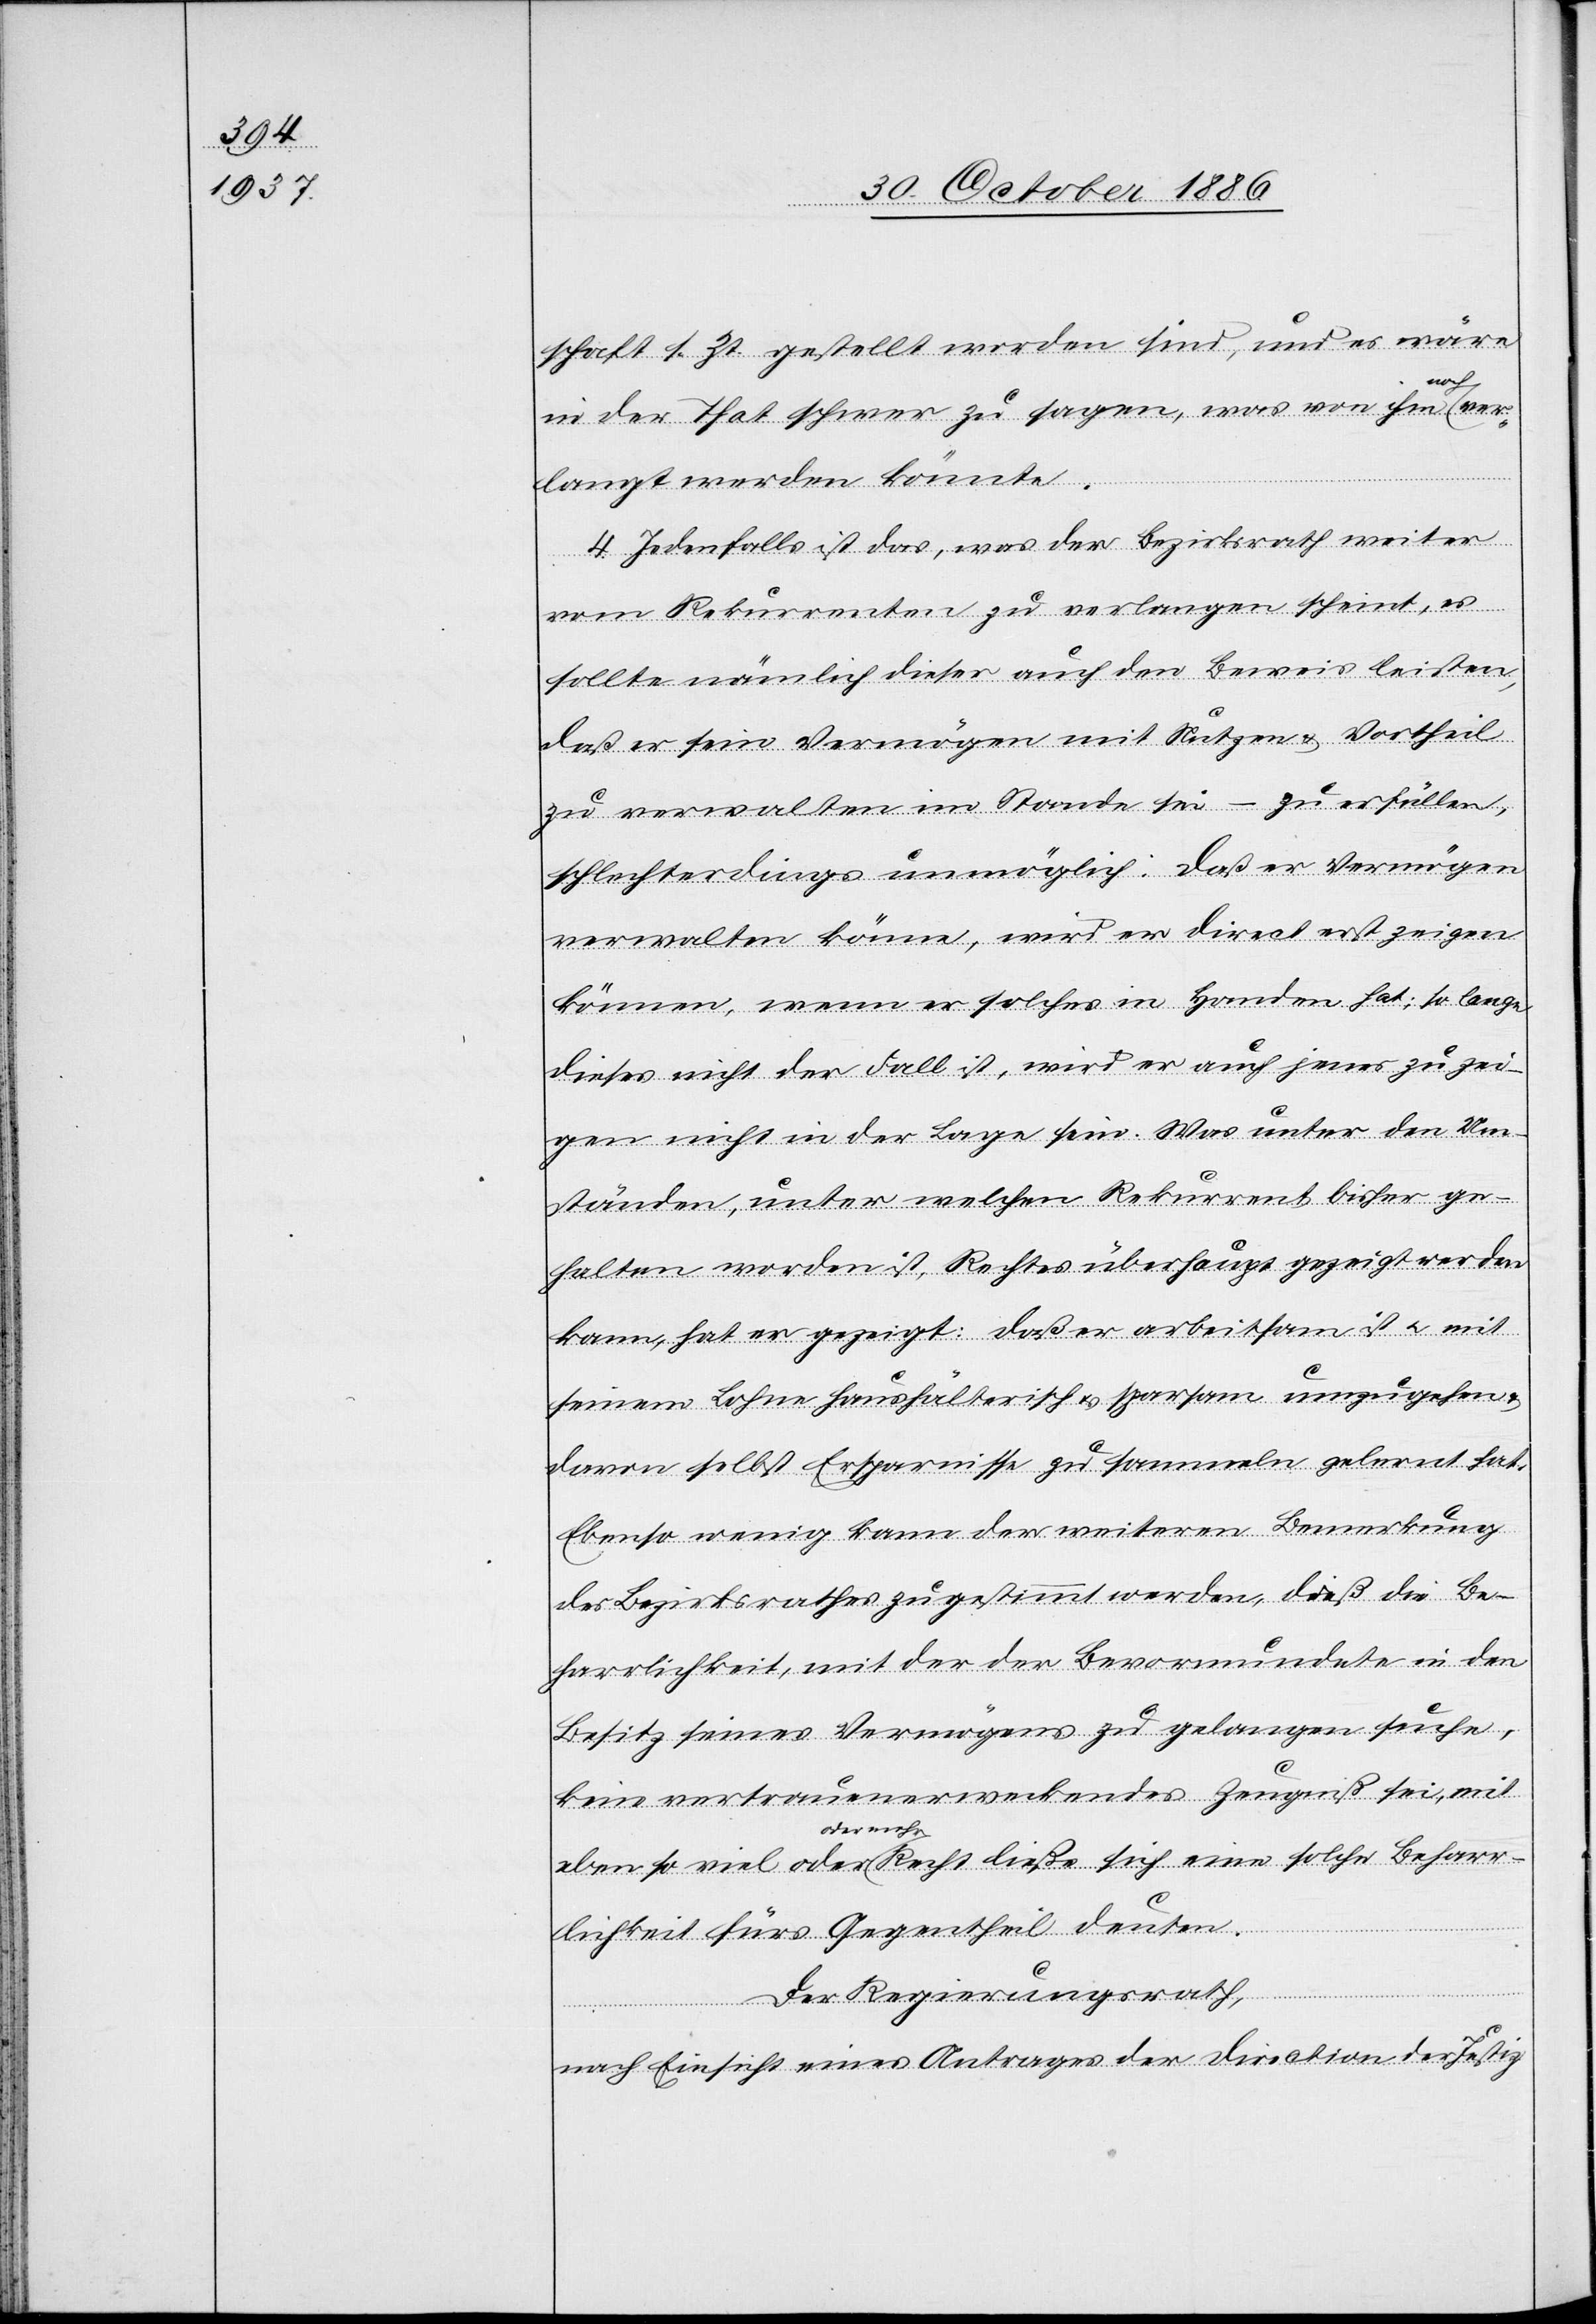
schaft s. Zt. gestellt worden sind, und es wäre
Beharr¬
in der That schwer zu sagen, was von ihm noch ver¬
langt werden könnte.
4. Jedenfalls ist das, was der Bezirksrath weiter
vom Rekurrenten zu verlangen scheint, es
sollte nämlich dieser auch den Beweis leisten,
daß er sein Vermögen mit Nutzen & Vortheil
zu verwalten im Stande sei – zu erfüllen,
schlechterdings unmöglich: Daß er Vermögen
verwalten könne, wird er direct erst zeigen
können, wenn er solches in Handen hat; so lange
dieses nicht der Fall ist, wird er auch jenes zu zei¬
gen nicht in der Lage sein. Was unter den Um¬
ständen, unter welchen Rekurrent bisher ge¬
halten worden ist, Rechtes überhaupt gezeigt werden
kann, hat er gezeigt: daß er arbeitsam ist & mit
seinem Lohne haushälterisch & sparsam umzugehen
davon selbst Ersparnisse zu sammeln gelernt hat.
Ebenso wenig kann der weiteren Bemerkung
des Bezirksrathes zugestimmt werden, daß die Be¬
harrlichkeit, mit der der Bevormundete in den
Besitz seines Vermögens zu gelangen suche,
kein vertrauenerweckendes Zeugniß sei, mit
oder oder
lichkeit fürs Gegentheil deuten.
Der Regierungsrath,
nach Einsicht eines Antrages der Direction der Justiz